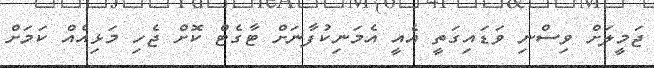
ޖަމީލަށް ވިސްނި ވަޑައިގަތީ އެއީ އެމަނިކުފާނަށް ޓާގެޓް ކޮށް ޖެހި މަޅިއެއް ކަމަށް